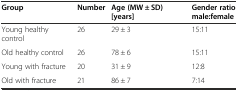
| Group | Number | Age (MW ± SD) [years] | Gender ratio male:female |
 | --- | --- | --- | --- |
 | Young healthy control | 26 | 29 ± 3 | 15:11 |
 | Old healthy control | 26 | 78 ± 6 | 15:11 |
 | Young with fracture | 20 | 31 ± 9 | 12:8 |
 | Old with fracture | 21 | 86 ± 7 | 7:14 |